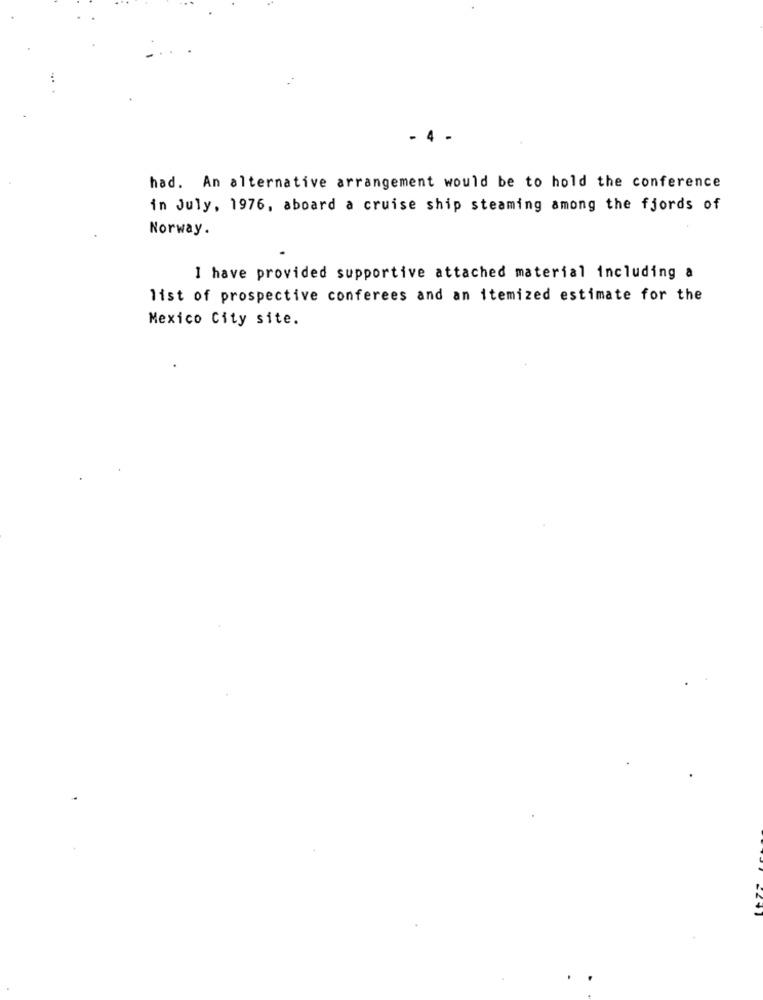
- 4 -
had. An alternative arrangement would be to hold the conference
in July, 1976, aboard a cruise ship steaming among the fjords of
Norway.
I have provided supportive attached material including a
list of prospective conferees and an itemized estimate for the
Mexico City site.